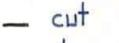
-  cut